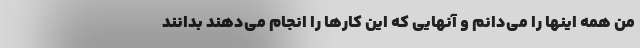
من همه اینها را می‌دانم و آنهایی که این کارها را انجام می‌دهند بدانند